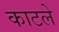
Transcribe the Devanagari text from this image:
काटले